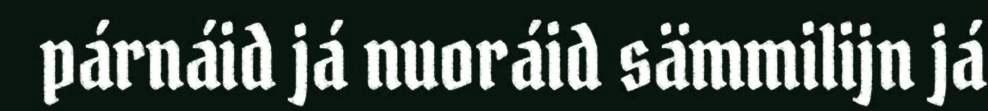
párnáid já nuoráid sämmilijn já